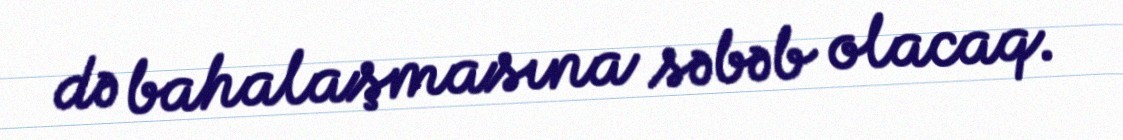
də bahalaşmasına səbəb olacaq.